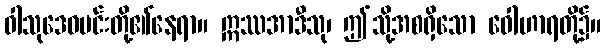
ဝါသုဒေဝမင်းတို့၏နေရာ။ ဣဿအာဒီသု၊ ဤသို့အစရှိသော ဝေါဟာရတို့၌။